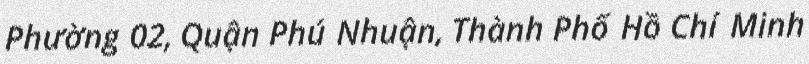
Phường 02, Quận Phú Nhuận, Thành Phố Hồ Chí Minh